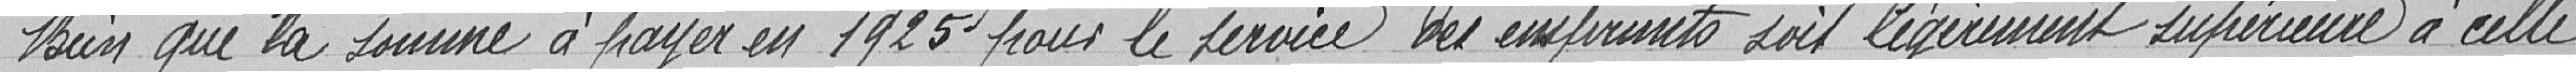
Bien que la somme à payer en 1925 pour le service des emprunts soit légèrement supérieure à celle